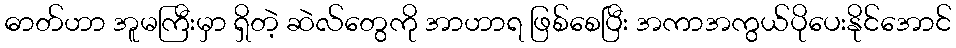
ဓာတ်ဟာ အူမကြီးမှာ ရှိတဲ့ ဆဲလ်တွေကို အာဟာရ ဖြစ်စေပြီး အကာအကွယ်ပိုပေးနိုင်အောင်